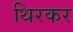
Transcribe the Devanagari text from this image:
थिरकर